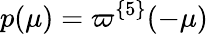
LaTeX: p(\mu)=\varpi^{\{ 5\} }(-\mu)